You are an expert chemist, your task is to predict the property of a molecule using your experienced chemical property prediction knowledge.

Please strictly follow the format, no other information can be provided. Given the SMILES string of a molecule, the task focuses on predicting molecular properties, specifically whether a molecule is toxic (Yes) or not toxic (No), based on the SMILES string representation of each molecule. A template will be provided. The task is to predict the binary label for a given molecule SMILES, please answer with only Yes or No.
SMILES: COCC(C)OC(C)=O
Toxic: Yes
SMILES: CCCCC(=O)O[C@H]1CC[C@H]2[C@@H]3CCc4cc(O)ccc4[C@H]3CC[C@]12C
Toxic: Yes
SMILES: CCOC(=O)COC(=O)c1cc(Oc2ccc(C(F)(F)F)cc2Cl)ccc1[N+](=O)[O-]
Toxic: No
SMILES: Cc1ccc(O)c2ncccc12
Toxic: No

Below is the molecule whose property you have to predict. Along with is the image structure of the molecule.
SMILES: O=C(O)c1ccc([Hg]Cl)cc1
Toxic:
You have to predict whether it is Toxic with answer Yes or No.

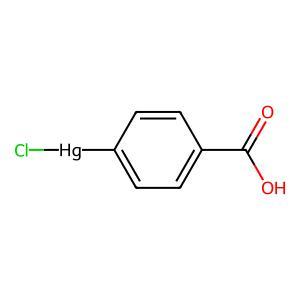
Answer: No